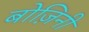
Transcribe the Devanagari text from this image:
बोज़िनी